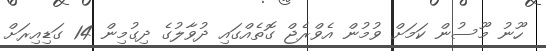
ހޫނު މޫސުން ކަމަށް ވުމުން އެވްރެޖް ގޮތެއްގައި ދުވާލުގެ ދިގުމިން 14 ގަޑިއިރަށް